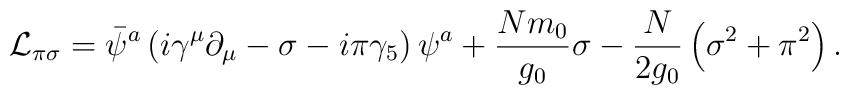
{\cal L}_{\pi \sigma}=\bar \psi^a\left(i\gamma^{\mu}\partial_{\mu}-\sigma-i\pi\gamma_5\right)\psi^a+{Nm_0 \over g_0}\sigma -{N \over 2g_0}\left(\sigma^2+\pi^2\right).